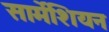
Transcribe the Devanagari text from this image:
सार्मेशियन